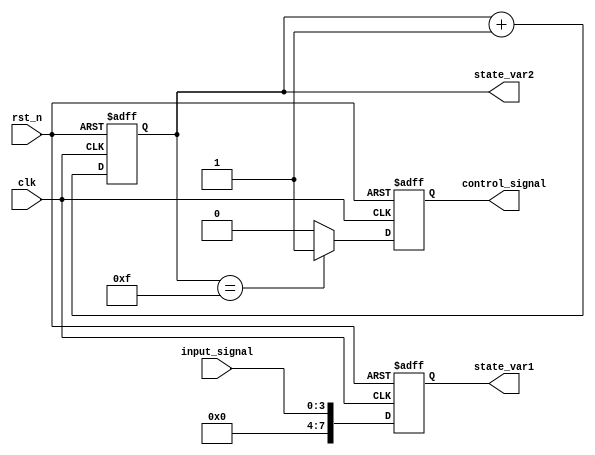
module DefaultStateInitialization (
    input wire clk,               // Clock signal
    input wire rst_n,             // Asynchronous active-low reset signal
    input wire [3:0] input_signal, // Example input signal for behavioral logic
    output reg [7:0] state_var1,  // Example state variable 1
    output reg [3:0] state_var2,  // Example state variable 2 (e.g., a counter)
    output reg control_signal      // Example control signal
);

// Default values for state variables
localparam DEFAULT_STATE_VAR1 = 8'b00000000; // Default value for state_var1
localparam DEFAULT_STATE_VAR2 = 4'b0000;     // Default value for state_var2
localparam DEFAULT_CONTROL_SIGNAL = 1'b0;     // Default value for control_signal

// Always block for state initialization and behavior
always @(posedge clk or negedge rst_n) begin
    if (!rst_n) begin
        // Asynchronous reset - set all state variables to default values
        state_var1 <= DEFAULT_STATE_VAR1;
        state_var2 <= DEFAULT_STATE_VAR2;
        control_signal <= DEFAULT_CONTROL_SIGNAL;
    end else begin
        // Behavioral logic when reset is not active
        // Update state_var2 as a simple counter example
        state_var2 <= state_var2 + 1;

        // Example logic for state_var1 and control_signal
        // Update state_var1 based on input_signal
        state_var1 <= {4'b0000, input_signal}; // Assign lower 4 bits from input_signal

        // Control signal logic (for example purposes)
        control_signal <= (state_var2 == 4'b1111) ? 1'b1 : 1'b0; // Example condition
    end
end

endmodule